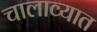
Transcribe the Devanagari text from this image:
चालाव्यात